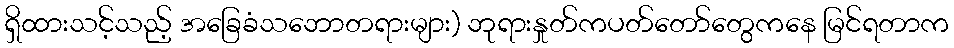
ရှိထားသင့်သည့် အခြေခံသဘောတရားများ) ဘုရားနှုတ်ကပတ်တော်တွေကနေ မြင်ရတာက